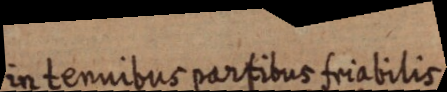
in tenuibus partibus friabilis